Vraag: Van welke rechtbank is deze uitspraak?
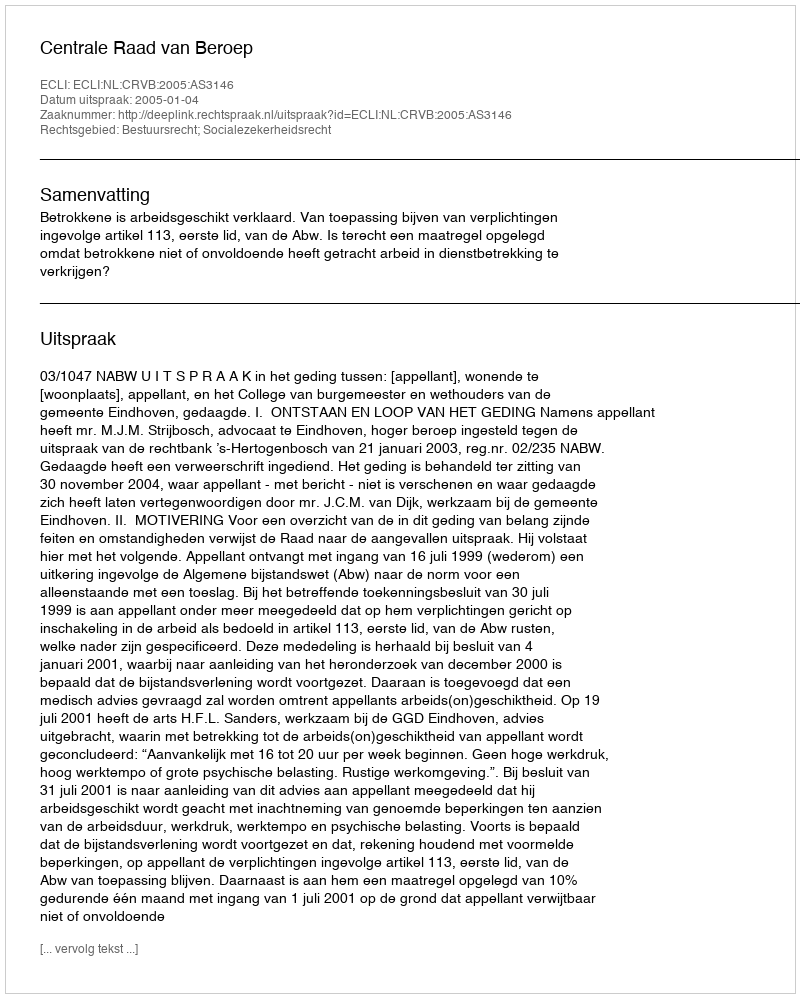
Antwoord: Centrale Raad van Beroep